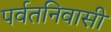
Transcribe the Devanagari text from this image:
पर्वतनिवासी